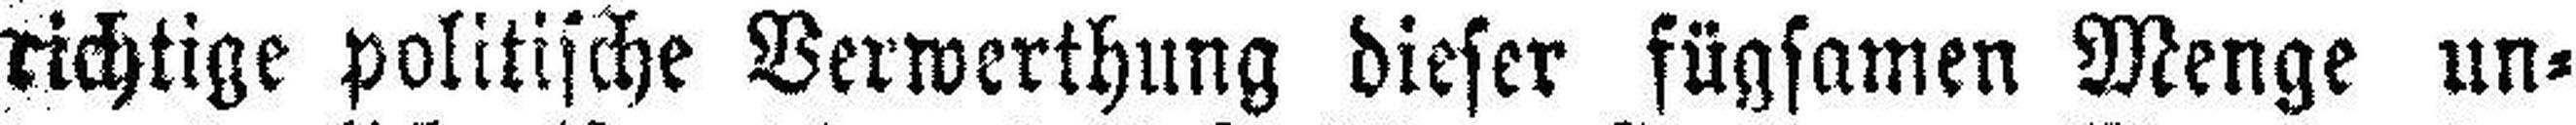
richtige politische Verwerthung dieser fügsamen Menge un¬